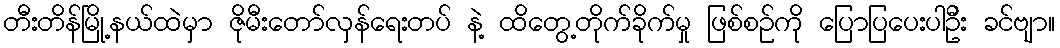
တီးတိန်မြို့နယ်ထဲမှာ ဇိုမီးတော်လှန်ရေးတပ် နဲ့ ထိတွေ့တိုက်ခိုက်မှု ဖြစ်စဉ်ကို ပြောပြပေးပါဦး ခင်ဗျာ။